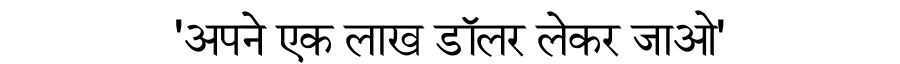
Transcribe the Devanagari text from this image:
'अपने एक लाख डॉलर लेकर जाओ'